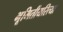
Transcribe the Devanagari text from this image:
भूमितीयरित्या